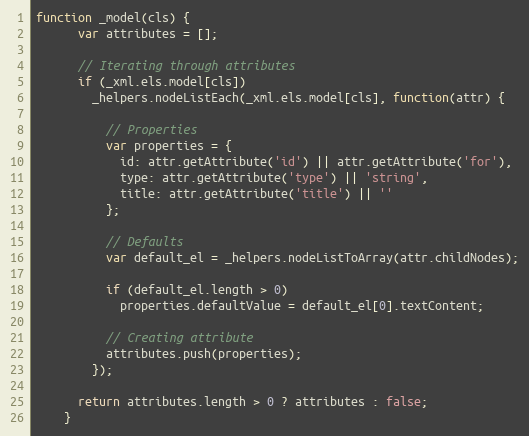
Language: JavaScript
function _model(cls) {
      var attributes = [];

      // Iterating through attributes
      if (_xml.els.model[cls])
        _helpers.nodeListEach(_xml.els.model[cls], function(attr) {

          // Properties
          var properties = {
            id: attr.getAttribute('id') || attr.getAttribute('for'),
            type: attr.getAttribute('type') || 'string',
            title: attr.getAttribute('title') || ''
          };

          // Defaults
          var default_el = _helpers.nodeListToArray(attr.childNodes);

          if (default_el.length > 0)
            properties.defaultValue = default_el[0].textContent;

          // Creating attribute
          attributes.push(properties);
        });

      return attributes.length > 0 ? attributes : false;
    }